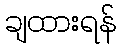
ချထားရန်